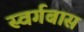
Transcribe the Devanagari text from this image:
स्वर्गबास